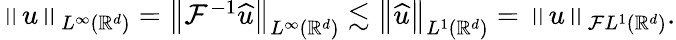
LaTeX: \begin{array}{r}{\left\| u\right\| _{L^{\infty}({\mathbb{R}}^{d})}=\left\| \mathcal{F}^{-1}\widehat{u}\right\| _{L^{\infty}({\mathbb{R}}^{d})}\lesssim\left\| \widehat{u}\right\| _{L^{1}({\mathbb{R}}^{d})}=\left\| u\right\| _{\mathcal{F}L^{1}({\mathbb{R}}^{d})}.}\end{array}